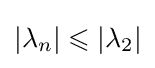
|\lambda _{n}|\leqslant |\lambda _{2}|